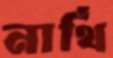
নার্থি